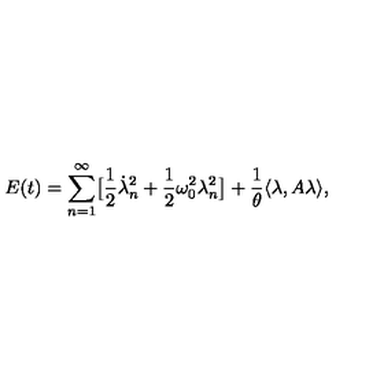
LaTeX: E ( t ) = \sum _ { n = 1 } ^ { \infty } \bigl [ \frac 1 2 \dot { \lambda } _ { n } ^ { 2 } + \frac 1 2 \omega _ { 0 } ^ { 2 } \lambda _ { n } ^ { 2 } \bigr ] + \frac 1 \theta \langle \lambda , A \lambda \rangle ,